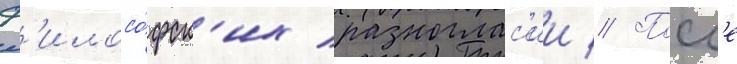
ф'илосо́фск'их разноглас'ии // Посл'е